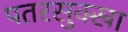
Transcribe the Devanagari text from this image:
पतरसुक्खा